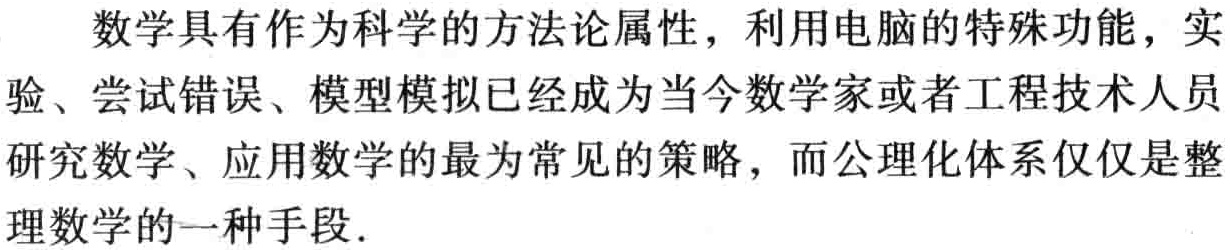
数学具有作为科学的方法论属性，利用电脑的特殊功能，实验、尝试错误、模型模拟已经成为当今数学家或者工程技术人员研究数学、应用数学的最为常见的策略，而公理化体系仅仅是整理数学的一种手段.